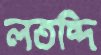
লতব্দি